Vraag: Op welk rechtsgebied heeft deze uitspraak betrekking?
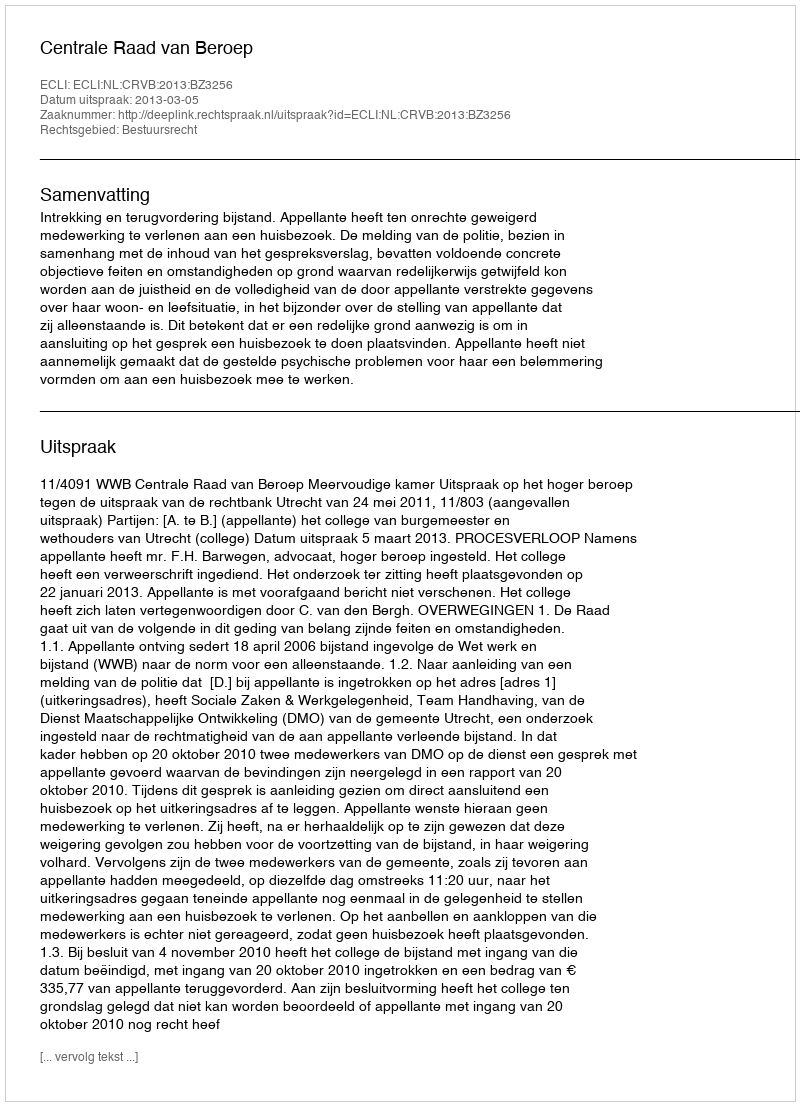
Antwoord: Bestuursrecht